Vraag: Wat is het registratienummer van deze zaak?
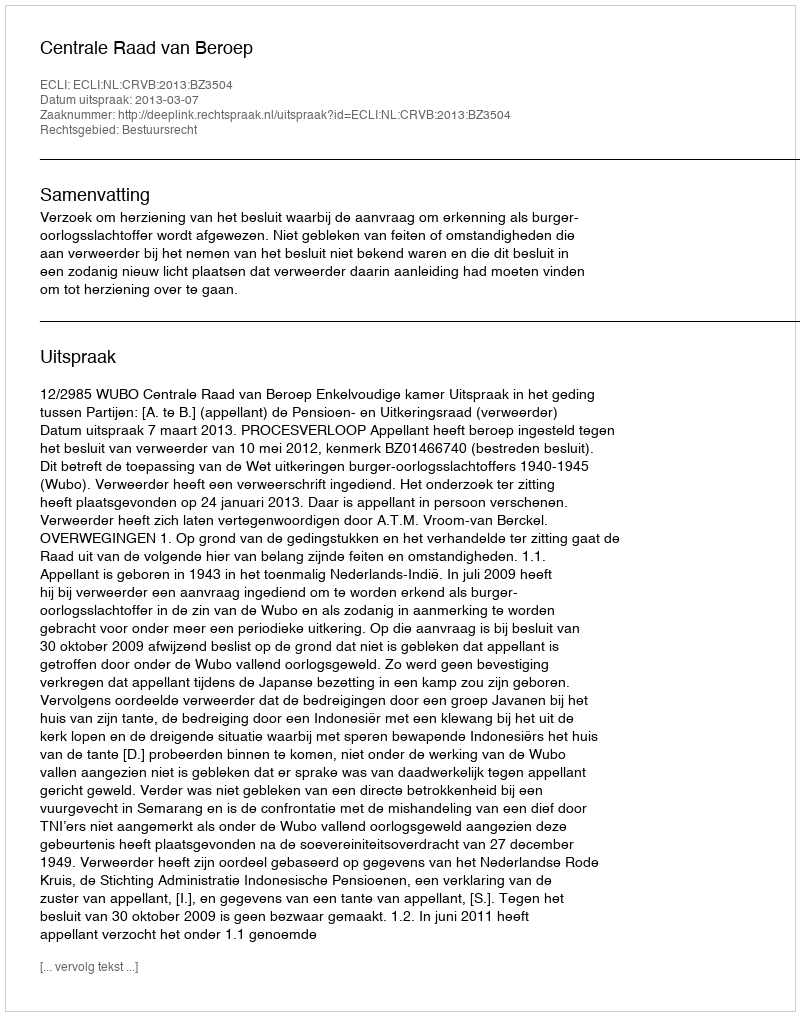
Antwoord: http://deeplink.rechtspraak.nl/uitspraak?id=ECLI:NL:CRVB:2013:BZ3504